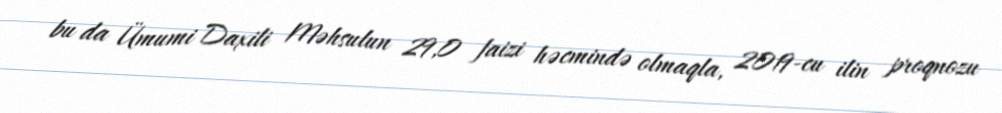
bu da Ümumi Daxili Məhsulun 29,0 faizi həcmində olmaqla, 2019-cu ilin proqnozu